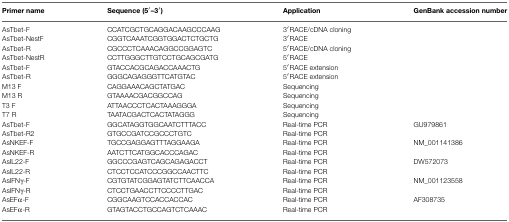
<table><thead><tr><td><b>Primer name</b></td><td><b>Sequence (5′–3′)</b></td><td><b>Application</b></td><td><b>GenBank accession number</b></td></tr></thead><tbody><tr><td>AsTbet-F</td><td>CCATCGCTGCAGGACAAGCCCAAG</td><td>3′RACE/cDNA cloning</td><td></td></tr><tr><td>AsTbet-NestF</td><td>CGGTCAAATCGGTGGACTCTGCTG</td><td>3′RACE</td><td></td></tr><tr><td>AsTbet-R</td><td>CGCCCTCAAACAGGCCGGAGTC</td><td>5′RACE/cDNA cloning</td><td></td></tr><tr><td>AsTbet-NestR</td><td>CCTTGGGCTTGTCCTGCAGCGATG</td><td>5′RACE</td><td></td></tr><tr><td>AsTbet-F</td><td>GTACCACGCAGACCAAACTG</td><td>5′RACE extension</td><td></td></tr><tr><td>AsTbet-R</td><td>GGGCAGAGGGTTCATGTAC</td><td>5′RACE extension</td><td></td></tr><tr><td>M13 F</td><td>CAGGAAACAGCTATGAC</td><td>Sequencing</td><td></td></tr><tr><td>M13 R</td><td>GTAAAACGACGGCCAG</td><td>Sequencing</td><td></td></tr><tr><td>T3 F</td><td>ATTAACCCTCACTAAAGGGA</td><td>Sequencing</td><td></td></tr><tr><td>T7 R</td><td>TAATACGACTCACTATAGGG</td><td>Sequencing</td><td></td></tr><tr><td>AsTbet-F</td><td>GGCATAGGTGGCAATCTTTACC</td><td>Real-time PCR</td><td>GU979861</td></tr><tr><td>AsTbet-R2</td><td>GTGCCGATCCGCCCTGTC</td><td>Real-time PCR</td><td></td></tr><tr><td>AsNKEF-F</td><td>TGCCGAGGAGTTTAGGAAGA</td><td>Real-time PCR</td><td>NM_001141386</td></tr><tr><td>AsNKEF-R</td><td>AATCTTCATGGCACCCAGAC</td><td>Real-time PCR</td><td></td></tr><tr><td>AsIL22-F</td><td>GGCCCGAGTCAGCAGAGACCT</td><td>Real-time PCR</td><td>DW572073</td></tr><tr><td>AsIL22-R</td><td>CTCCTCCATCCCGGCCAACTTC</td><td>Real-time PCR</td><td></td></tr><tr><td>AsIFNγ-F</td><td>CGTGTATCGGAGTATCTTCAACCA</td><td>Real-time PCR</td><td>NM_001123558</td></tr><tr><td>AsIFNγ-R</td><td>CTCCTGAACCTTCCCCTTGAC</td><td>Real-time PCR</td><td></td></tr><tr><td>AsEFα-F</td><td>CGGCAAGTCCACCACCAC</td><td>Real-time PCR</td><td>AF308735</td></tr><tr><td>AsEFα-R</td><td>GTAGTACCTGCCAGTCTCAAAC</td><td>Real-time PCR</td><td></td></tr></tbody></table>